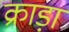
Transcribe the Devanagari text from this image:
क्राड़ा